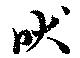
吠